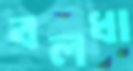
বলধা